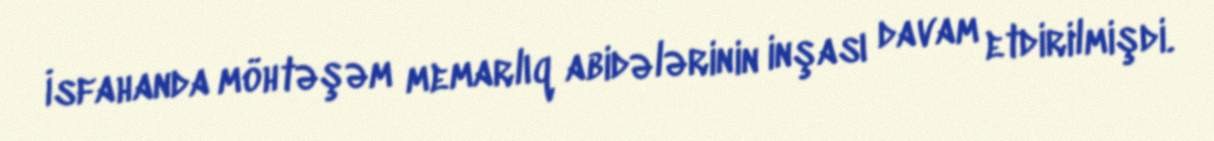
İsfahanda möhtəşəm memarlıq abidələrinin inşası davam etdirilmişdi.